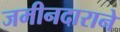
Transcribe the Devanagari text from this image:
जमीनदाराने